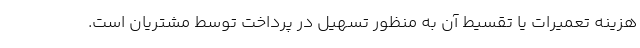
هزینه تعمیرات یا تقسیط آن به منظور تسهیل در پرداخت توسط مشتریان است.